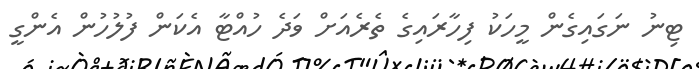
ޓިނުު ނަގައިގެން މީހަކު ފިހާރައިގެ ތެރެއަށް ވަދެ ހުއްޓާ އެކަން ފުލުހުން އެންގީ